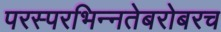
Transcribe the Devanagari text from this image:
परस्‍परभिन्‍नतेबरोबरच